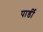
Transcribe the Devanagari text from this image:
पार्डी